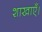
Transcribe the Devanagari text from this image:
शाखाएँ।